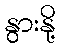
နွားနို့